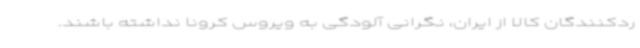
ردکنندگان کالا از ایران، نگرانی آلودگی به ویروس کرونا نداشته باشند.